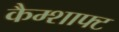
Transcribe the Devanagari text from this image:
कैम्शाफ्ट